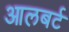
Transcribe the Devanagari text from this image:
आलबर्ट